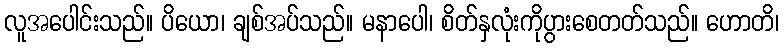
လူအပေါင်းသည်။ ပိယော၊ ချစ်အပ်သည်။ မနာပေါ၊ စိတ်နှလုံးကိုပွားစေတတ်သည်။ ဟောတိ၊